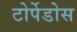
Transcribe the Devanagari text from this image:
टोर्पेडोस